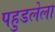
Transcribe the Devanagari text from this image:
पहुडलेला